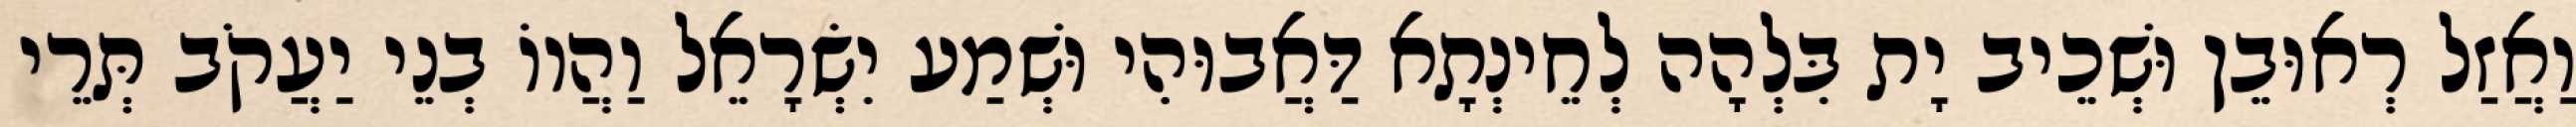
וַאֲזַל רְאוּבֵן וּשְׁכֵיב יָת בִּלְהָה לְחֵינְתָא דַּאֲבוּהִי וּשְׁמַע יִשְׂרָאֵל וַהֲווֹ בְנֵי יַעֲקֹב תְּרֵי